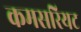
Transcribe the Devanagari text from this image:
कमसरियट